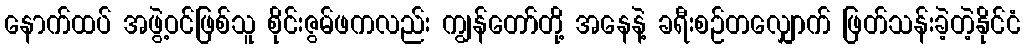
နောက်ထပ် အဖွဲ့ဝင်ဖြစ်သူ စိုင်းဇွမ်ဖကလည်း ကျွန်တော်တို့ အနေနဲ့ ခရီးစဉ်တလျှောက် ဖြတ်သန်းခဲ့တဲ့နိုင်ငံ